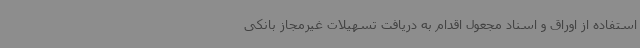
استفاده از اوراق و اسناد مجعول اقدام به دریافت تسهیلات غیرمجاز بانکی